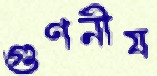
গুণনীয